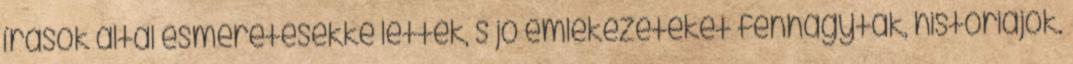
írások által esméretesekké lettek, s jó emlékezeteket fenhagyták, históriájok.